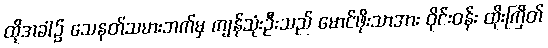
ထိုအခါ၌ သေနတ်သမားဘက်မှ ကျန်သုံးဦးသည် မောင်ဖိုးသာအား ဝိုင်းဝန်း ထိုးကြိတ်